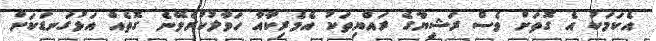
އެކަމަކު އެ ގޮތަށް ވެސް ރަޝިޔާގެ ރައްޔިތަކު އެމެރިކާއާ ހަވާލުކުރެވޭނެ ގޮތެއް އަޅުގަނޑަކަށް